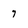
Character: 7